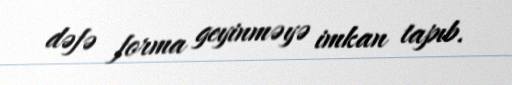
dəfə forma geyinməyə imkan tapıb.